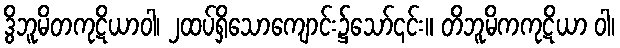
ဒွိဘူမိတကုဋိယာဝါ၊ ၂ထပ်ရှိသောကျောင်း၌သော်၎င်း။ တိဘူမိကကုဋိယာ ဝါ၊